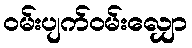
ဝမ်းပျက်ဝမ်းလျှော